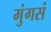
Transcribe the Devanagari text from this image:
मुंगसं